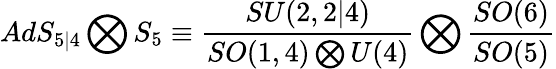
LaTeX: AdS_{5|4}\bigotimes S_{5}\equiv\frac{SU(2,2|4)}{SO(1,4)\bigotimes U(4)}\bigotimes\frac{SO(6)}{SO(5)}